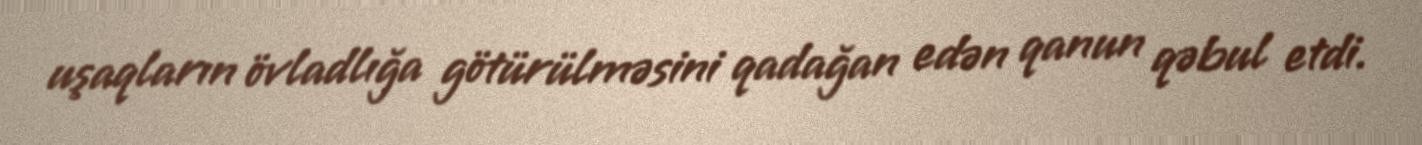
uşaqların övladlığa götürülməsini qadağan edən qanun qəbul etdi.